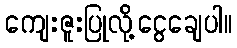
ကျေးဇူးပြုလို့ငွေချေပါ။